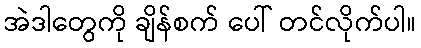
အဲဒါတွေကို ချိန်စက် ပေါ် တင်လိုက်ပါ။